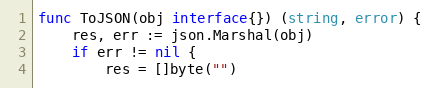
Language: Go
func ToJSON(obj interface{}) (string, error) {
	res, err := json.Marshal(obj)
	if err != nil {
		res = []byte("")